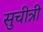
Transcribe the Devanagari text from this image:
सुचीत्री